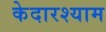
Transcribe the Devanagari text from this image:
केदारश्याम